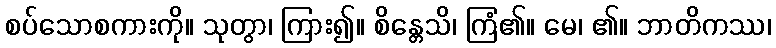
စပ်သောစကားကို။ သုတွာ၊ ကြား၍။ စိန္တေသိ၊ ကြံ၏။ မေ၊ ၏။ ဘာတိကဿ၊